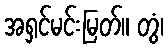
အရှင်မင်းမြတ်။ တွံ၊